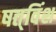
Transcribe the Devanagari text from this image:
षत्‌विंश